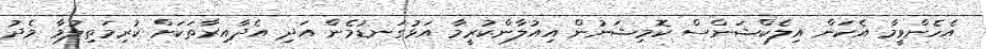
އެހެންވީމާ އެކަން އިލެކްޝަންސް ކޮމިޝަނުން އިއުލާންކުރީމާ އަޅުގަނޑުމެން އަދި އެދާއިރާތަކަށް ކުރިމަތިލުމާ މެދު